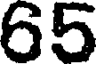
65